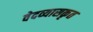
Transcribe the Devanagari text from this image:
वेदव्यासकृत